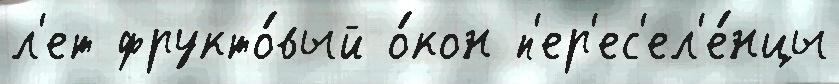
л'ет фрукто́вый о́кон п'ер'ес'ел'е́нцы